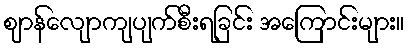
ဈာန်လျောကျပျက်စီးရခြင်း အကြောင်းများ။